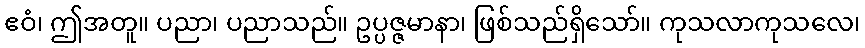
ဧဝံ၊ ဤအတူ။ ပညာ၊ ပညာသည်။ ဥပ္ပဇ္ဇမာနာ၊ ဖြစ်သည်ရှိသော်။ ကုသလာကုသလေ၊